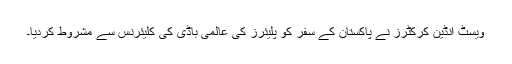
ویسٹ انڈین کرکٹرز نے پاکستان کے سفر کو پلیئرز کی عالمی باڈی کی کلیئرنس سے مشروط کردیا۔